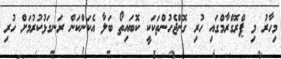
މިހާރު މި ޕްރޮގްރާމްގައި ހުރި ގޮންޖެހުންތަކަކީ ކޮބައިތޯ ބަލާ އެކަންކަން ރަނގަޅުކުރުމަށް ހުރި